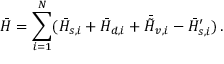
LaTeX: \bar { H } = \sum _ { i = 1 } ^ { N } ( \bar { H } _ { s , i } + \bar { H } _ { d , i } + \bar { \tilde { H } } _ { v , i } - \bar { H } _ { s , i } ^ { \prime } ) \, .